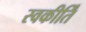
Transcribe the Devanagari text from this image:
स्वकीर्तिं